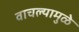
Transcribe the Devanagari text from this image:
वाचल्यामुळे